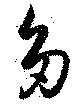
多